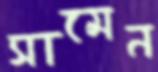
সামেন